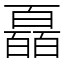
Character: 𤾩